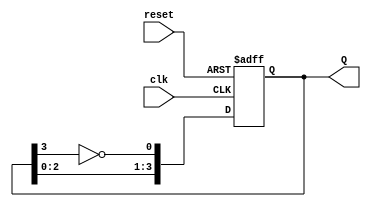
module JohnsonCounter(
    input wire clk,        // Clock signal
    input wire reset,      // Asynchronous reset signal
    output reg [3:0] Q     // 4-bit output representing the current state
);

    // Always block for the flip-flops
    always @(posedge clk or posedge reset) begin
        if (reset) begin
            Q <= 4'b0000; // Reset the counter to 0000
        end else begin
            // State transition logic
            Q[0] <= ~Q[3]; // D0 = NOT(Q3)
            Q[1] <= Q[0];  // D1 = Q0
            Q[2] <= Q[1];  // D2 = Q1
            Q[3] <= Q[2];  // D3 = Q2
        end
    end

endmodule